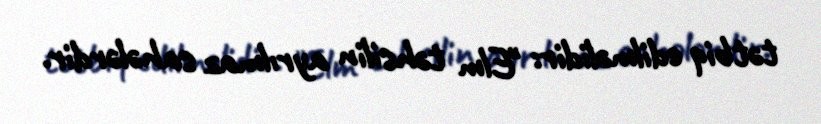
tətbiq edilməlidir: "Elm təhsilin ayrılmaz sahələrdir.